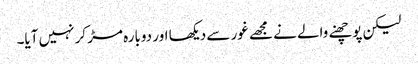
لیکن پوچھنے والے نے مجھے غور سے دیکھا اور دوبارہ مڑ کر نہیں آیا۔